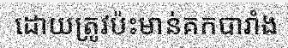
ដោយត្រូវប៉ះមាន់គកបារាំង